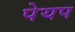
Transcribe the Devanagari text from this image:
पेयप